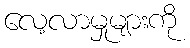
လေ့လာမှုများကို